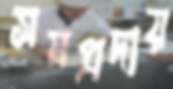
সমপ্রদায়